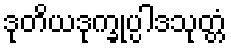
ဒုတိယဒုက္ခုပ္ပါဒသုတ္တံ